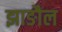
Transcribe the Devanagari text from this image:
झाङौल